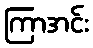
ကြာအင်း